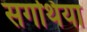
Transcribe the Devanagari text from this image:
सगथिया